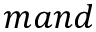
m a n d